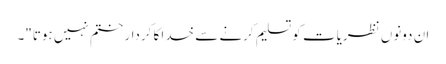
ان دونوں نظریات کو تسلیم کرنے سے خدا کا کردار ختم نہیں ہوتا"۔